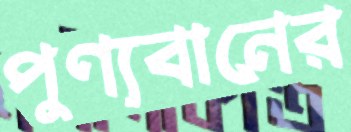
পুণ্যবানের